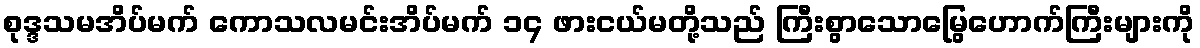
စုဒ္ဒသမအိပ်မက် ကောသလမင်းအိပ်မက် ၁၄ ဖားငယ်မတို့သည် ကြီးစွာသောမြွေဟောက်ကြီးများကို